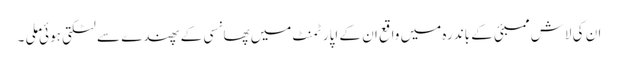
ان کی لاش ممبئی کے باندرہ میں واقع ان کے اپارٹمنٹ میں پھانسی کے پھندے سے لٹکتی ہوئی ملی ۔